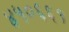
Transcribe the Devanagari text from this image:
४५०६६१